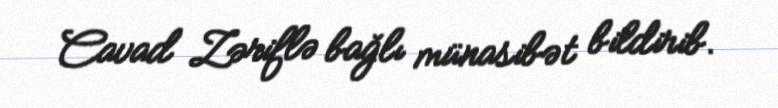
Cavad Zəriflə bağlı münasibət bildirib.